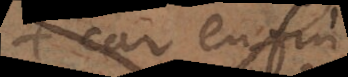
car enfin